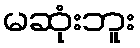
မဆုံးဘူး